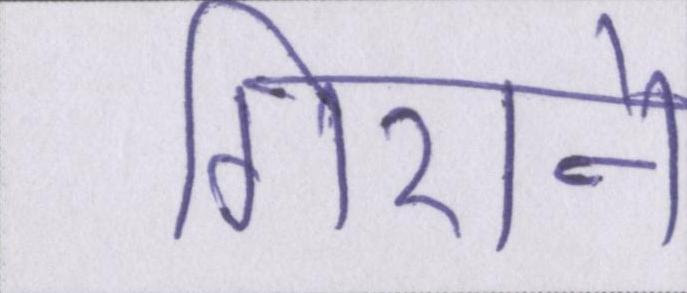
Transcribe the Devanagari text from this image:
गिराने